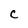
Character: c